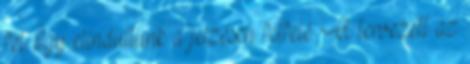
fel. Így elindultunk a jelzésen felfelé. A tervezett az